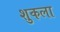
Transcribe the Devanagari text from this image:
शुकला